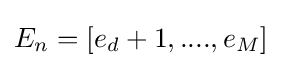
E_{n}=[e_{d}+1,....,e_{M}]